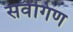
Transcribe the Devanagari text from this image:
सर्वंगिण